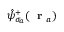
\hat { \psi } _ { \sigma _ { a } } ^ { + } ( \mathrm { ~ \bf ~ r ~ } _ { a } )